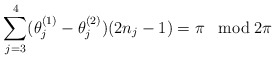
\begin{align*}\sum_{j=3}^4 (\theta_j^{(1)}-\theta_j^{(2)}) (2n_j -1)=\pi\;\; \bmod 2\pi\end{align*}